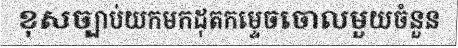
ខុសច្បាប់យកមកដុតកម្ទេចចោលមួយចំនួន